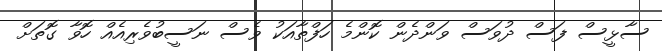
ސާޅީސް ފަސް ދުވަސް ވަންދެން ކޮންމެ ހަފްތާއަކު ވެސް ނަސީބުވެރިއެއް ހޮވާ ގޮތަށް